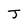
Character: J